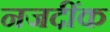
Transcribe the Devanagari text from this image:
नजदींक